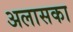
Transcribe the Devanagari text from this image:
अलासका